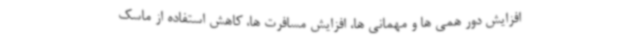
افزایش دور همی ها و مهمانی ها، افزایش مسافرت ها، کاهش استفاده از ماسک